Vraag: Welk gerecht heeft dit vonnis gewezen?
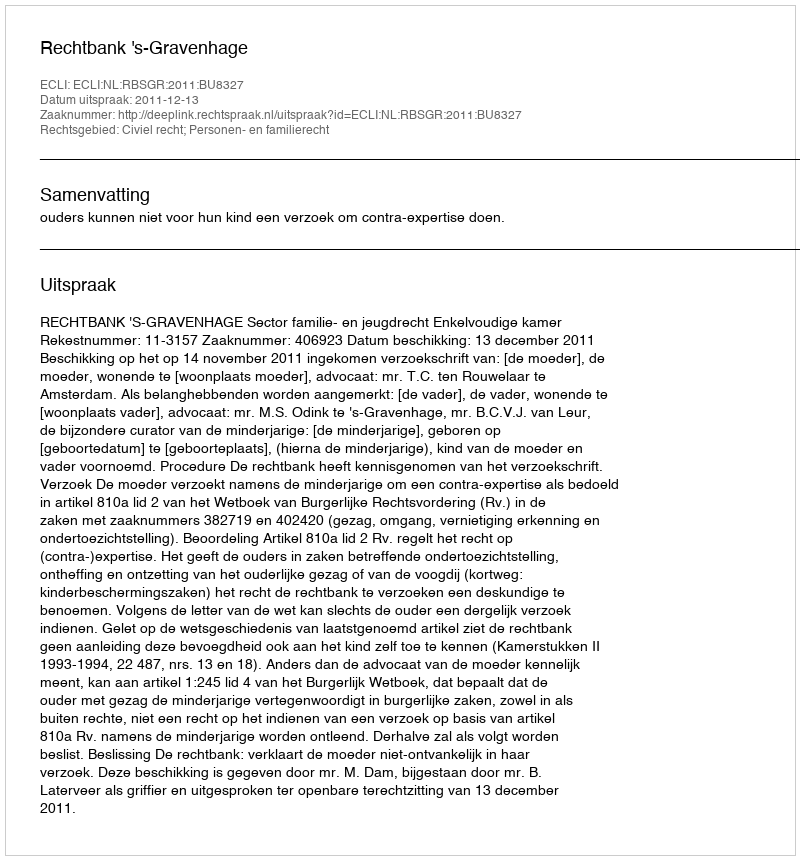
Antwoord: Rechtbank 's-Gravenhage